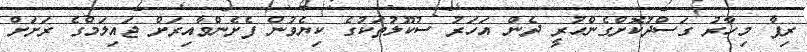
ރިފާ މިހާރު ގަސްދުކޮށްގެންހުރީ ދެން އަހަރު ސުކޫލުތަކުގެ ކިޔެވުން ފެށެންވާއިރަށް ޖައިލަމްގެ ރަށަށް